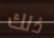
ذلك